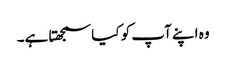
وہ اپنے آپ کو کیا سمجھتا ہے۔